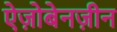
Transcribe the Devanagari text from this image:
ऐज़ोबेनज़ीन